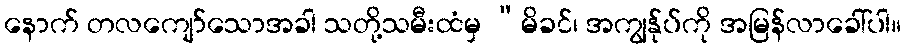
နောက် တလကျော်သောအခါ သတို့သမီးထံမှ “မိခင်၊ အကျွန်ုပ်ကို အမြန်လာခေါ်ပါ။